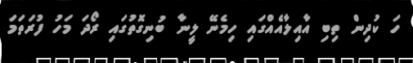
ހަ ކުދިން ތިބި އާއިލާއެއްގައި ހިމެނޭ ލީނާ ބުނިގޮތުގައި ރޯދަ މަހު ފުރަތަމަ